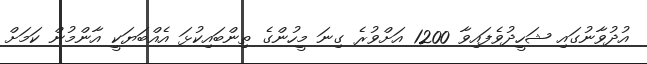
އުދުވާނުގައި ޝަހީދުވެފައިވާ 1200 އަށްވުރެ ގިނަ މީހުންގެ ތިންބައިކުޅަ އެއްބަޔަކީ އާންމުން ކަމަށް